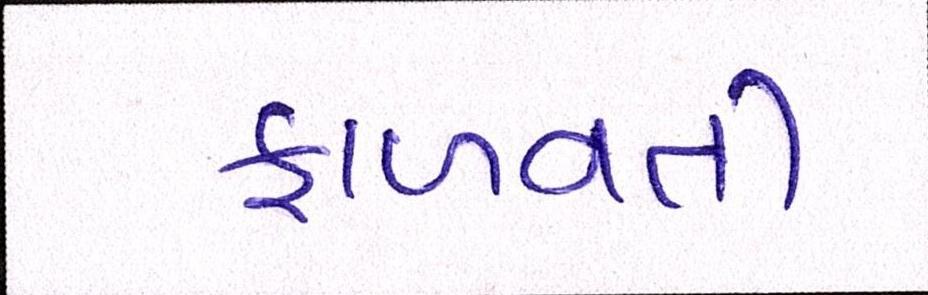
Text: ફાળવતી